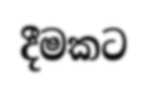
දීමකට